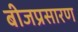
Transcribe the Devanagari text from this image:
बीजप्रसारण